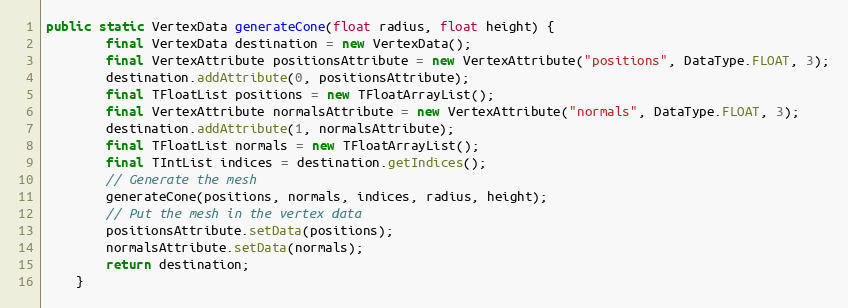
Language: Java
public static VertexData generateCone(float radius, float height) {
        final VertexData destination = new VertexData();
        final VertexAttribute positionsAttribute = new VertexAttribute("positions", DataType.FLOAT, 3);
        destination.addAttribute(0, positionsAttribute);
        final TFloatList positions = new TFloatArrayList();
        final VertexAttribute normalsAttribute = new VertexAttribute("normals", DataType.FLOAT, 3);
        destination.addAttribute(1, normalsAttribute);
        final TFloatList normals = new TFloatArrayList();
        final TIntList indices = destination.getIndices();
        // Generate the mesh
        generateCone(positions, normals, indices, radius, height);
        // Put the mesh in the vertex data
        positionsAttribute.setData(positions);
        normalsAttribute.setData(normals);
        return destination;
    }